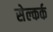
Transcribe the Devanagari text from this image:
सेल्कर्क